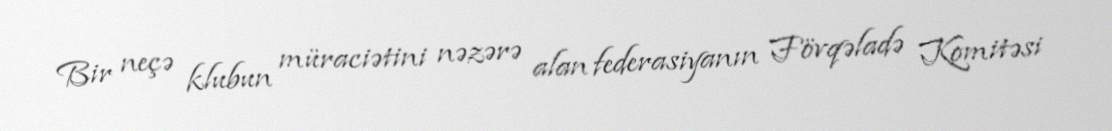
Bir neçə klubun müraciətini nəzərə alan federasiyanın Fövqəladə Komitəsi